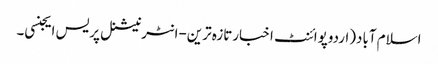
اسلام آباد(اردوپوائنٹ اخبارتازہ ترین-انٹرنیشنل پریس ایجنسی۔